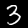
Label: 3